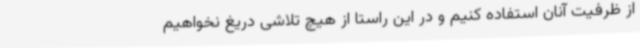
از ظرفیت آنان استفاده کنیم و در این راستا از هیچ تلاشی دریغ نخواهیم